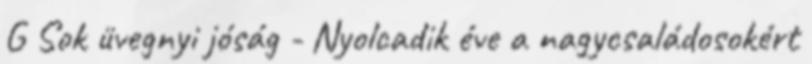
G Sok üvegnyi jóság - Nyolcadik éve a nagycsaládosokért